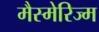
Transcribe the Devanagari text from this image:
मैस्मेरिज्म